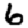
Digit: 6